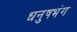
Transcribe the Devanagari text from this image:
धनुषभंग